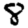
Digit: 8